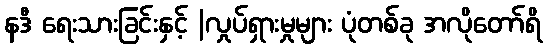
နဒီ ရေးသားခြင်းနှင့် |လှုပ်ရှားမှုများ ပုံတစ်ခု အလိုတော်ရိ